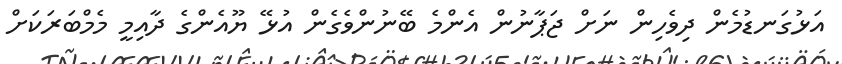
އަޅުގަނޑުމެން ދިވެހިން ނަށް ޖަޕާނުން އެންމެ ބޭނުންވެގެން އުޅޭ ޔޫއެންގެ ދާއިމީ މެމްބަރަކަށް